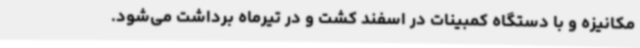
مکانیزه و با دستگاه کمبینات در اسفند کشت و در تیرماه برداشت می‌شود.